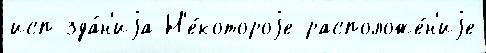
исп зда́н'иjа Н'е́котороjе расположе́н'иjе